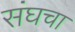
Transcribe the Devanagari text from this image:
संघचा